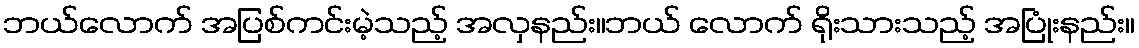
ဘယ်လောက် အပြစ်ကင်းမဲ့သည့် အလှနည်း။ဘယ် လောက် ရိုးသားသည့် အပြုံးနည်း။